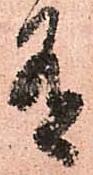
有